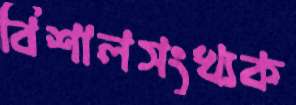
বিশালসংখ্যক